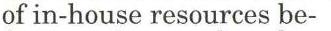
of in-house resources be-